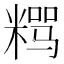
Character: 𱹎